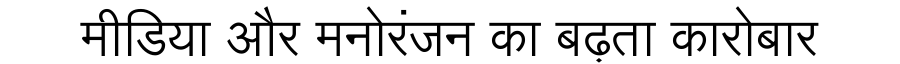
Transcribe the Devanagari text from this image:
मीडिया और मनोरंजन का बढ़ता कारोबार